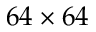
6 4 \times 6 4